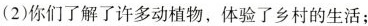
(2)你们了解了许多动植物，体验了乡村的生活；